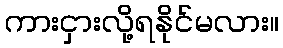
ကားငှားလို့ရနိုင်မလား။